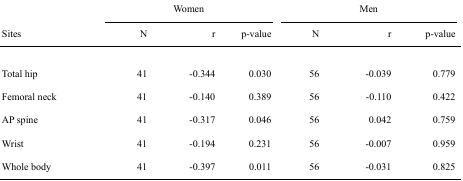
<table><thead><tr><td rowspan="3"><b>Sites</b></td><td colspan="3"><b>Women</b></td><td colspan="3"><b>Men</b></td></tr><tr><td><b>N</b></td><td><b>r</b></td><td><b>p-value</b></td><td><b>N</b></td><td><b>r</b></td><td><b>p-value</b></td></tr></thead><tbody><tr><td>Total hip</td><td>41</td><td>-0.344</td><td>0.030</td><td>56</td><td>-0.039</td><td>0.779</td></tr><tr><td>Femoral neck</td><td>41</td><td>-0.140</td><td>0.389</td><td>56</td><td>-0.110</td><td>0.422</td></tr><tr><td>AP spine</td><td>41</td><td>-0.317</td><td>0.046</td><td>56</td><td>0.042</td><td>0.759</td></tr><tr><td>Wrist</td><td>41</td><td>-0.194</td><td>0.231</td><td>56</td><td>-0.007</td><td>0.959</td></tr><tr><td>Whole body</td><td>41</td><td>-0.397</td><td>0.011</td><td>56</td><td>-0.031</td><td>0.825</td></tr></tbody></table>